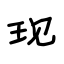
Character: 现